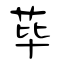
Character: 荜